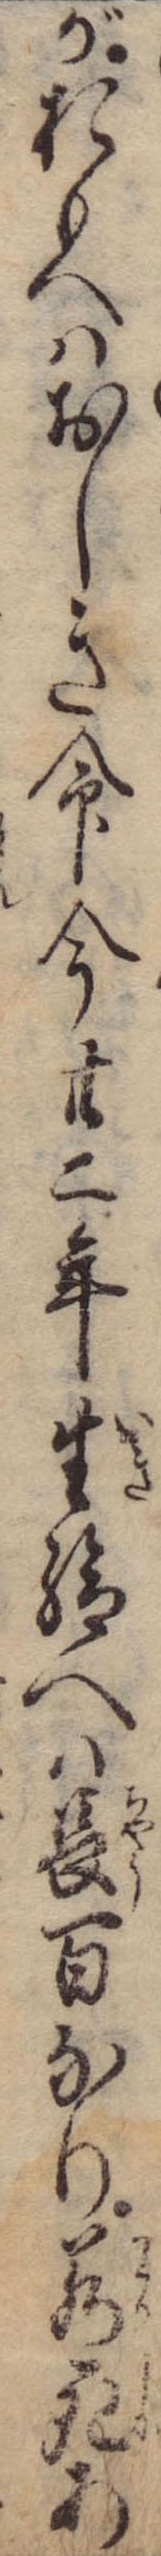
がおもへはおしき命今廿二年生給へは長百なり若死あ